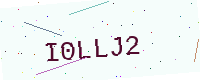
Text: I0LLJ2